Protection of India from yellow fever
Disease focus: Fever
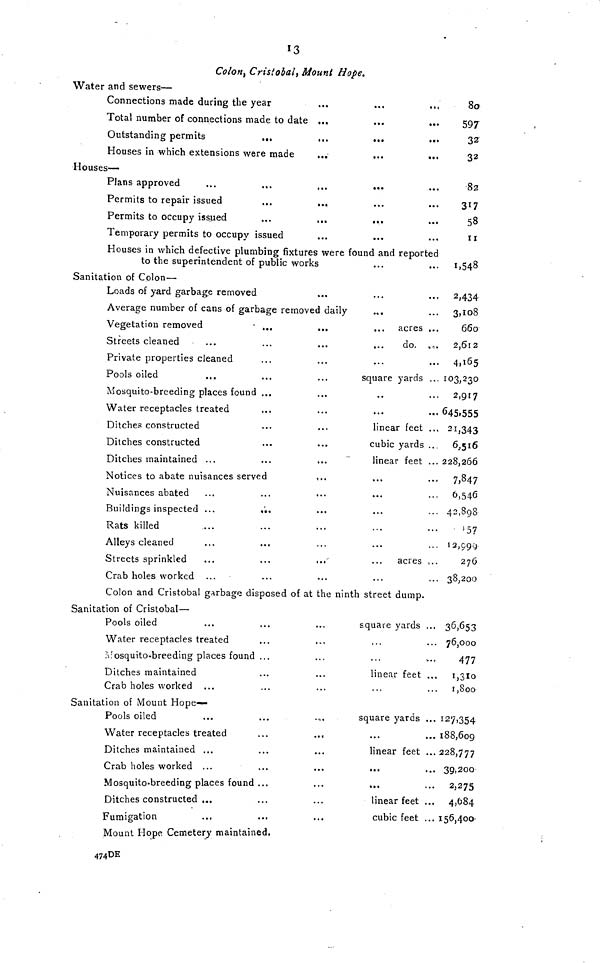
13
Colon) Cristobal, Mount Hope.
Water and sewers—
Connections made during the year
...
...
...,
80
Total number of connections made to date ...
...
...
597
Outstanding permits
...
...
...
...
32
Houses in which extensions were made
...
...
...
32
Houses—
Plans approved
...
...
...
...
...
82
Permits to repair issued
...
...
...
...
317
Permits to occupy issued
...
...
...
...
58
Temporary permits to occupy issued
...
...
...
11
Houses in which defective plumbing fixtures were found and reported
to the superintendent of public works
...
... 1,548
Sanitation of Colon—
Loads of yard garbage removed
...
...
... 2,434
Average number of cans of garbage removed daily
.,
... 3,108
Vegetation removed
- ...
...
... acres ...
660
Streets cleaned
...
...
...
...
do. . 2,612
Private properties cleaned
...
...
...
... 4,165
Pools oiled
...
...
...
square yards ... 103,230
Mosquito-breeding places found ...
...
..
... 2,917
Water receptacles treated
...
...
...
... 645,555
Ditches constructed
...
...
linear feet ... 21,343
Ditches constructed
...
...
cubic yards ..
6,516
Ditches maintained ...
...
...
linear feet ... 228,266
Notices to abate nuisances served
,..
...
.
7,847
Nuisances abated
...
...
...
...
... 6,546
Buildings inspected ...
...
...
...
... 42,898
Rats killed
....
...
...
...
...
¡57
Alleys cleaned
...
...
...
...
... 12,999
Streets sprinkled ...
...
..
... acres ...
276
Crab holes worked ...
...
...
...
... 38,200
Colon and Cristobal garbage disposed of at the ninth street dump.
Sanitation of Cristobal—
Pools oiled
...
...
...
square yards ... 36,653
Water receptacles treated
...
..,
...
... 76,000
Mosquito-breeding places found ...
...
...
477
Ditches maintained
...
...
linear feet ... 1,310
Crab holes worked ...
...
...
...
... 1,800
Sanitation of Mount Hope-
Pools oiled
...
...
.,.
square yards ... 127,354
Water receptacles treated
...
...
...
...188,609
Ditches maintained ...
...
...
linear feet ... 228,777
Crab holes worked ...
...
...
...
... 39,200
Mosquito-breeding places found ...
...
...
... 2,275
Ditches constructed ...
...
...
linear feet ... 4,684
Fumigation
...
...
...
cubic feet ... 156,400
Mount Hope Cemetery maintained.
474 DE